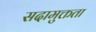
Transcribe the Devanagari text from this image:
सदामुक्तता